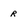
Character: r